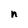
Character: n